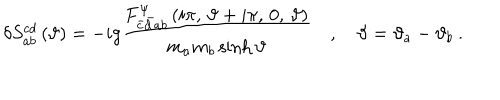
\delta S _ { a b } ^ { c d } \left( \vartheta \right) = - i g \frac { F _ { \bar { c } \bar { d } a b } ^ { \Psi } \left( i \pi , \, \vartheta + i \pi , \, 0 , \, \vartheta \right) } { m _ { a } m _ { b } \sinh \vartheta } \quad , \quad \vartheta = \vartheta _ { a } - \vartheta _ { b } \: .